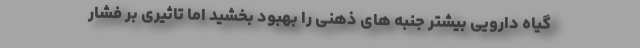
گیاه دارویی بیشتر جنبه های ذهنی را بهبود بخشید اما تاثیری بر فشار